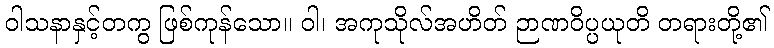
ဝါသနာနှင့်တကွ ဖြစ်ကုန်သော။ ဝါ၊ အကုသိုလ်အဟိတ် ဉာဏဝိပ္ပယုတိ တရားတို့၏